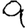
Digit: 9